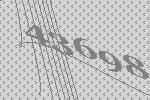
43698